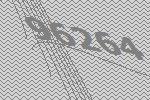
96264